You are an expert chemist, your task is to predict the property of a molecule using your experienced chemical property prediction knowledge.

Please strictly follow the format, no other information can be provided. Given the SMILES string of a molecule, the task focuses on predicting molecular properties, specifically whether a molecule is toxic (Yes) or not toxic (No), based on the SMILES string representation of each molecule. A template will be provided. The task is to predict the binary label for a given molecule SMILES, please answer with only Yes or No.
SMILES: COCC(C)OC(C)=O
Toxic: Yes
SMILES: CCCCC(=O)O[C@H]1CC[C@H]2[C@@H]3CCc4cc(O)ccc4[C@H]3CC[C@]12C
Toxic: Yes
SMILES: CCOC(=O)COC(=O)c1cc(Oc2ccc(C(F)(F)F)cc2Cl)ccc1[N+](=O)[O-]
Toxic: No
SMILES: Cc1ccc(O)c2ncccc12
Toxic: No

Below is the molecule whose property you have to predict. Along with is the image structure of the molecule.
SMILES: C1CCOC1
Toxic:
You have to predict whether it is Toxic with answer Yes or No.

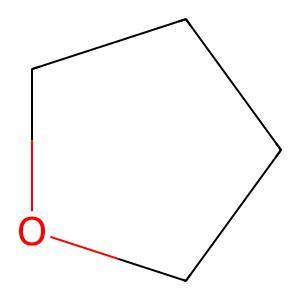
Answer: No